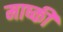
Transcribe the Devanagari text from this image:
माष्की